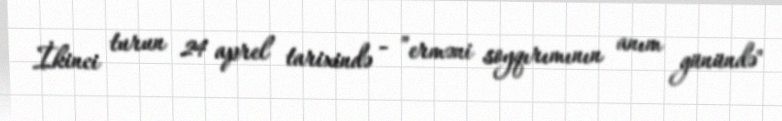
İkinci turun 24 aprel tarixində - ”erməni soyqırımının anım günündə"